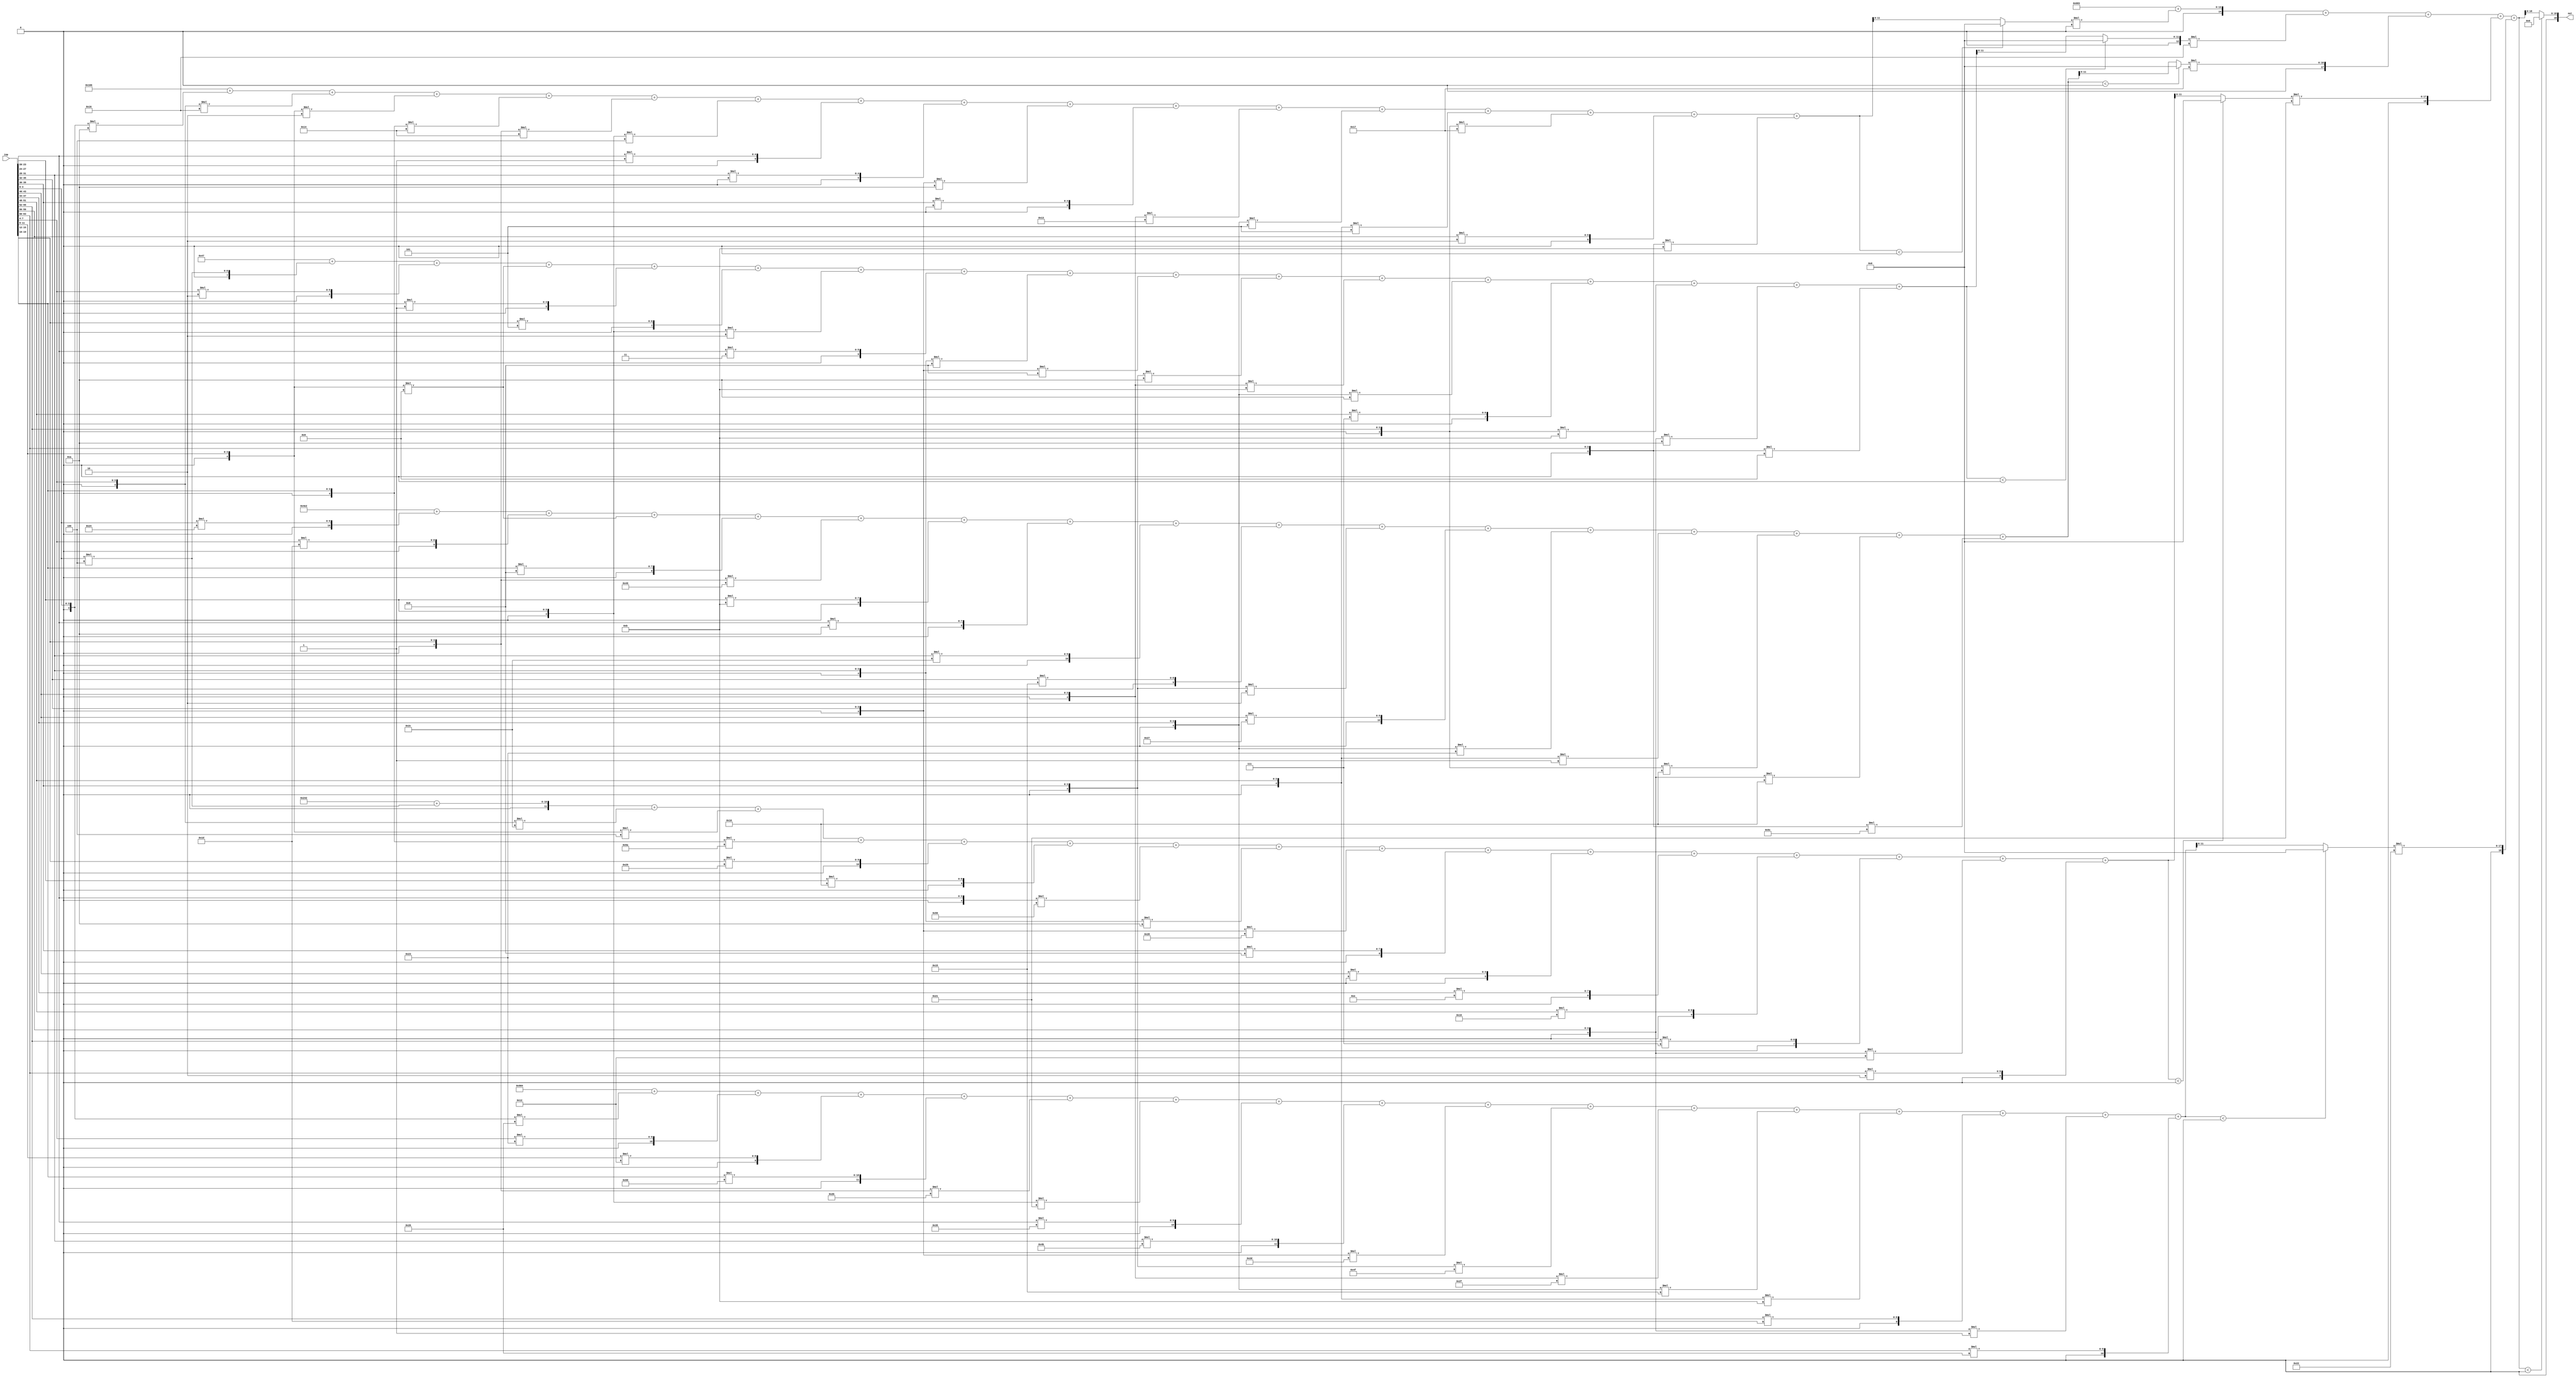
//weights: [[[-6, -10, -2, -12, -12, -4, 1, 0, -6, 0, -13, -3, -3, -9, 2, -5], [4, 2, -7, 1, 5, -2, 3, -8, -8, -6, -5, -6, 7, -5, -6, -7], [36, 29, -7, 8, -55, 11, 10, 44, 21, -2, 39, -29, -1, -16, -16, -36], [4, -20, -4, -38, 41, 16, -42, -6, -24, 8, 0, 14, 25, 7, -14, 2], [-26, 35, 18, 88, -21, -31, 53, 75, -19, -49, -17, -11, -5, 29, -1, 38]], [[0, -10, 23, 33, 34]]]
//intercepts: [[-154, -57, -798, 578, -1788], [1667]]
//act size: [4, 12, 19]
//pred num: 1
module top (inp, out);
input [63:0] inp;
output [19:0] out;

// layer: 0 - neuron: 0
    wire signed [11:0] n_0_0_po_0;
    //weight -6: 8'sb11111010
    assign n_0_0_po_0 = $signed({1'b0, inp[3:0]}) * 8'sb11111010;

    wire signed [11:0] n_0_0_po_1;
    //weight -10: 8'sb11110110
    assign n_0_0_po_1 = $signed({1'b0, inp[7:4]}) * 8'sb11110110;

    wire signed [11:0] n_0_0_po_2;
    //weight -2: 8'sb11111110
    assign n_0_0_po_2 = $signed({1'b0, inp[11:8]}) * 8'sb11111110;

    wire signed [11:0] n_0_0_po_3;
    //weight -12: 8'sb11110100
    assign n_0_0_po_3 = $signed({1'b0, inp[15:12]}) * 8'sb11110100;

    wire signed [11:0] n_0_0_po_4;
    //weight -12: 8'sb11110100
    assign n_0_0_po_4 = $signed({1'b0, inp[19:16]}) * 8'sb11110100;

    wire signed [11:0] n_0_0_po_5;
    //weight -4: 8'sb11111100
    assign n_0_0_po_5 = $signed({1'b0, inp[23:20]}) * 8'sb11111100;

    wire signed [11:0] n_0_0_po_6;
    //weight 1: 8'sb00000001
    assign n_0_0_po_6 = $signed({1'b0, inp[27:24]}) * 8'sb00000001;

    wire signed [11:0] n_0_0_po_7;
    //weight 0: 8'sb00000000
    assign n_0_0_po_7 = $signed({1'b0, inp[31:28]}) * 8'sb00000000;

    wire signed [11:0] n_0_0_po_8;
    //weight -6: 8'sb11111010
    assign n_0_0_po_8 = $signed({1'b0, inp[35:32]}) * 8'sb11111010;

    wire signed [11:0] n_0_0_po_9;
    //weight 0: 8'sb00000000
    assign n_0_0_po_9 = $signed({1'b0, inp[39:36]}) * 8'sb00000000;

    wire signed [11:0] n_0_0_po_10;
    //weight -13: 8'sb11110011
    assign n_0_0_po_10 = $signed({1'b0, inp[43:40]}) * 8'sb11110011;

    wire signed [11:0] n_0_0_po_11;
    //weight -3: 8'sb11111101
    assign n_0_0_po_11 = $signed({1'b0, inp[47:44]}) * 8'sb11111101;

    wire signed [11:0] n_0_0_po_12;
    //weight -3: 8'sb11111101
    assign n_0_0_po_12 = $signed({1'b0, inp[51:48]}) * 8'sb11111101;

    wire signed [11:0] n_0_0_po_13;
    //weight -9: 8'sb11110111
    assign n_0_0_po_13 = $signed({1'b0, inp[55:52]}) * 8'sb11110111;

    wire signed [11:0] n_0_0_po_14;
    //weight 2: 8'sb00000010
    assign n_0_0_po_14 = $signed({1'b0, inp[59:56]}) * 8'sb00000010;

    wire signed [11:0] n_0_0_po_15;
    //weight -5: 8'sb11111011
    assign n_0_0_po_15 = $signed({1'b0, inp[63:60]}) * 8'sb11111011;

    wire signed [12:0] n_0_0_sum;
    assign n_0_0_sum = -154 + n_0_0_po_0 + n_0_0_po_1 + n_0_0_po_2 + n_0_0_po_3 + n_0_0_po_4 + n_0_0_po_5 + n_0_0_po_6 + n_0_0_po_7 + n_0_0_po_8 + n_0_0_po_9 + n_0_0_po_10 + n_0_0_po_11 + n_0_0_po_12 + n_0_0_po_13 + n_0_0_po_14 + n_0_0_po_15;
    //relu
    wire [11:0] n_0_0;
    assign n_0_0 = (n_0_0_sum<0) ? $unsigned({12{1'b0}}) : $unsigned(n_0_0_sum[11:0]);

// layer: 0 - neuron: 1
    wire signed [11:0] n_0_1_po_0;
    //weight 4: 8'sb00000100
    assign n_0_1_po_0 = $signed({1'b0, inp[3:0]}) * 8'sb00000100;

    wire signed [11:0] n_0_1_po_1;
    //weight 2: 8'sb00000010
    assign n_0_1_po_1 = $signed({1'b0, inp[7:4]}) * 8'sb00000010;

    wire signed [11:0] n_0_1_po_2;
    //weight -7: 8'sb11111001
    assign n_0_1_po_2 = $signed({1'b0, inp[11:8]}) * 8'sb11111001;

    wire signed [11:0] n_0_1_po_3;
    //weight 1: 8'sb00000001
    assign n_0_1_po_3 = $signed({1'b0, inp[15:12]}) * 8'sb00000001;

    wire signed [11:0] n_0_1_po_4;
    //weight 5: 8'sb00000101
    assign n_0_1_po_4 = $signed({1'b0, inp[19:16]}) * 8'sb00000101;

    wire signed [11:0] n_0_1_po_5;
    //weight -2: 8'sb11111110
    assign n_0_1_po_5 = $signed({1'b0, inp[23:20]}) * 8'sb11111110;

    wire signed [11:0] n_0_1_po_6;
    //weight 3: 8'sb00000011
    assign n_0_1_po_6 = $signed({1'b0, inp[27:24]}) * 8'sb00000011;

    wire signed [11:0] n_0_1_po_7;
    //weight -8: 8'sb11111000
    assign n_0_1_po_7 = $signed({1'b0, inp[31:28]}) * 8'sb11111000;

    wire signed [11:0] n_0_1_po_8;
    //weight -8: 8'sb11111000
    assign n_0_1_po_8 = $signed({1'b0, inp[35:32]}) * 8'sb11111000;

    wire signed [11:0] n_0_1_po_9;
    //weight -6: 8'sb11111010
    assign n_0_1_po_9 = $signed({1'b0, inp[39:36]}) * 8'sb11111010;

    wire signed [11:0] n_0_1_po_10;
    //weight -5: 8'sb11111011
    assign n_0_1_po_10 = $signed({1'b0, inp[43:40]}) * 8'sb11111011;

    wire signed [11:0] n_0_1_po_11;
    //weight -6: 8'sb11111010
    assign n_0_1_po_11 = $signed({1'b0, inp[47:44]}) * 8'sb11111010;

    wire signed [11:0] n_0_1_po_12;
    //weight 7: 8'sb00000111
    assign n_0_1_po_12 = $signed({1'b0, inp[51:48]}) * 8'sb00000111;

    wire signed [11:0] n_0_1_po_13;
    //weight -5: 8'sb11111011
    assign n_0_1_po_13 = $signed({1'b0, inp[55:52]}) * 8'sb11111011;

    wire signed [11:0] n_0_1_po_14;
    //weight -6: 8'sb11111010
    assign n_0_1_po_14 = $signed({1'b0, inp[59:56]}) * 8'sb11111010;

    wire signed [11:0] n_0_1_po_15;
    //weight -7: 8'sb11111001
    assign n_0_1_po_15 = $signed({1'b0, inp[63:60]}) * 8'sb11111001;

    wire signed [12:0] n_0_1_sum;
    assign n_0_1_sum = -57 + n_0_1_po_0 + n_0_1_po_1 + n_0_1_po_2 + n_0_1_po_3 + n_0_1_po_4 + n_0_1_po_5 + n_0_1_po_6 + n_0_1_po_7 + n_0_1_po_8 + n_0_1_po_9 + n_0_1_po_10 + n_0_1_po_11 + n_0_1_po_12 + n_0_1_po_13 + n_0_1_po_14 + n_0_1_po_15;
    //relu
    wire [11:0] n_0_1;
    assign n_0_1 = (n_0_1_sum<0) ? $unsigned({12{1'b0}}) : $unsigned(n_0_1_sum[11:0]);

// layer: 0 - neuron: 2
    wire signed [11:0] n_0_2_po_0;
    //weight 36: 8'sb00100100
    assign n_0_2_po_0 = $signed({1'b0, inp[3:0]}) * 8'sb00100100;

    wire signed [11:0] n_0_2_po_1;
    //weight 29: 8'sb00011101
    assign n_0_2_po_1 = $signed({1'b0, inp[7:4]}) * 8'sb00011101;

    wire signed [11:0] n_0_2_po_2;
    //weight -7: 8'sb11111001
    assign n_0_2_po_2 = $signed({1'b0, inp[11:8]}) * 8'sb11111001;

    wire signed [11:0] n_0_2_po_3;
    //weight 8: 8'sb00001000
    assign n_0_2_po_3 = $signed({1'b0, inp[15:12]}) * 8'sb00001000;

    wire signed [11:0] n_0_2_po_4;
    //weight -55: 8'sb11001001
    assign n_0_2_po_4 = $signed({1'b0, inp[19:16]}) * 8'sb11001001;

    wire signed [11:0] n_0_2_po_5;
    //weight 11: 8'sb00001011
    assign n_0_2_po_5 = $signed({1'b0, inp[23:20]}) * 8'sb00001011;

    wire signed [11:0] n_0_2_po_6;
    //weight 10: 8'sb00001010
    assign n_0_2_po_6 = $signed({1'b0, inp[27:24]}) * 8'sb00001010;

    wire signed [11:0] n_0_2_po_7;
    //weight 44: 8'sb00101100
    assign n_0_2_po_7 = $signed({1'b0, inp[31:28]}) * 8'sb00101100;

    wire signed [11:0] n_0_2_po_8;
    //weight 21: 8'sb00010101
    assign n_0_2_po_8 = $signed({1'b0, inp[35:32]}) * 8'sb00010101;

    wire signed [11:0] n_0_2_po_9;
    //weight -2: 8'sb11111110
    assign n_0_2_po_9 = $signed({1'b0, inp[39:36]}) * 8'sb11111110;

    wire signed [11:0] n_0_2_po_10;
    //weight 39: 8'sb00100111
    assign n_0_2_po_10 = $signed({1'b0, inp[43:40]}) * 8'sb00100111;

    wire signed [11:0] n_0_2_po_11;
    //weight -29: 8'sb11100011
    assign n_0_2_po_11 = $signed({1'b0, inp[47:44]}) * 8'sb11100011;

    wire signed [11:0] n_0_2_po_12;
    //weight -1: 8'sb11111111
    assign n_0_2_po_12 = $signed({1'b0, inp[51:48]}) * 8'sb11111111;

    wire signed [11:0] n_0_2_po_13;
    //weight -16: 8'sb11110000
    assign n_0_2_po_13 = $signed({1'b0, inp[55:52]}) * 8'sb11110000;

    wire signed [11:0] n_0_2_po_14;
    //weight -16: 8'sb11110000
    assign n_0_2_po_14 = $signed({1'b0, inp[59:56]}) * 8'sb11110000;

    wire signed [11:0] n_0_2_po_15;
    //weight -36: 8'sb11011100
    assign n_0_2_po_15 = $signed({1'b0, inp[63:60]}) * 8'sb11011100;

    wire signed [12:0] n_0_2_sum;
    assign n_0_2_sum = -798 + n_0_2_po_0 + n_0_2_po_1 + n_0_2_po_2 + n_0_2_po_3 + n_0_2_po_4 + n_0_2_po_5 + n_0_2_po_6 + n_0_2_po_7 + n_0_2_po_8 + n_0_2_po_9 + n_0_2_po_10 + n_0_2_po_11 + n_0_2_po_12 + n_0_2_po_13 + n_0_2_po_14 + n_0_2_po_15;
    //relu
    wire [11:0] n_0_2;
    assign n_0_2 = (n_0_2_sum<0) ? $unsigned({12{1'b0}}) : $unsigned(n_0_2_sum[11:0]);

// layer: 0 - neuron: 3
    wire signed [11:0] n_0_3_po_0;
    //weight 4: 8'sb00000100
    assign n_0_3_po_0 = $signed({1'b0, inp[3:0]}) * 8'sb00000100;

    wire signed [11:0] n_0_3_po_1;
    //weight -20: 8'sb11101100
    assign n_0_3_po_1 = $signed({1'b0, inp[7:4]}) * 8'sb11101100;

    wire signed [11:0] n_0_3_po_2;
    //weight -4: 8'sb11111100
    assign n_0_3_po_2 = $signed({1'b0, inp[11:8]}) * 8'sb11111100;

    wire signed [11:0] n_0_3_po_3;
    //weight -38: 8'sb11011010
    assign n_0_3_po_3 = $signed({1'b0, inp[15:12]}) * 8'sb11011010;

    wire signed [11:0] n_0_3_po_4;
    //weight 41: 8'sb00101001
    assign n_0_3_po_4 = $signed({1'b0, inp[19:16]}) * 8'sb00101001;

    wire signed [11:0] n_0_3_po_5;
    //weight 16: 8'sb00010000
    assign n_0_3_po_5 = $signed({1'b0, inp[23:20]}) * 8'sb00010000;

    wire signed [11:0] n_0_3_po_6;
    //weight -42: 8'sb11010110
    assign n_0_3_po_6 = $signed({1'b0, inp[27:24]}) * 8'sb11010110;

    wire signed [11:0] n_0_3_po_7;
    //weight -6: 8'sb11111010
    assign n_0_3_po_7 = $signed({1'b0, inp[31:28]}) * 8'sb11111010;

    wire signed [11:0] n_0_3_po_8;
    //weight -24: 8'sb11101000
    assign n_0_3_po_8 = $signed({1'b0, inp[35:32]}) * 8'sb11101000;

    wire signed [11:0] n_0_3_po_9;
    //weight 8: 8'sb00001000
    assign n_0_3_po_9 = $signed({1'b0, inp[39:36]}) * 8'sb00001000;

    wire signed [11:0] n_0_3_po_10;
    //weight 0: 8'sb00000000
    assign n_0_3_po_10 = $signed({1'b0, inp[43:40]}) * 8'sb00000000;

    wire signed [11:0] n_0_3_po_11;
    //weight 14: 8'sb00001110
    assign n_0_3_po_11 = $signed({1'b0, inp[47:44]}) * 8'sb00001110;

    wire signed [11:0] n_0_3_po_12;
    //weight 25: 8'sb00011001
    assign n_0_3_po_12 = $signed({1'b0, inp[51:48]}) * 8'sb00011001;

    wire signed [11:0] n_0_3_po_13;
    //weight 7: 8'sb00000111
    assign n_0_3_po_13 = $signed({1'b0, inp[55:52]}) * 8'sb00000111;

    wire signed [11:0] n_0_3_po_14;
    //weight -14: 8'sb11110010
    assign n_0_3_po_14 = $signed({1'b0, inp[59:56]}) * 8'sb11110010;

    wire signed [11:0] n_0_3_po_15;
    //weight 2: 8'sb00000010
    assign n_0_3_po_15 = $signed({1'b0, inp[63:60]}) * 8'sb00000010;

    wire signed [12:0] n_0_3_sum;
    assign n_0_3_sum = 578 + n_0_3_po_0 + n_0_3_po_1 + n_0_3_po_2 + n_0_3_po_3 + n_0_3_po_4 + n_0_3_po_5 + n_0_3_po_6 + n_0_3_po_7 + n_0_3_po_8 + n_0_3_po_9 + n_0_3_po_10 + n_0_3_po_11 + n_0_3_po_12 + n_0_3_po_13 + n_0_3_po_14 + n_0_3_po_15;
    //relu
    wire [11:0] n_0_3;
    assign n_0_3 = (n_0_3_sum<0) ? $unsigned({12{1'b0}}) : $unsigned(n_0_3_sum[11:0]);

// layer: 0 - neuron: 4
    wire signed [11:0] n_0_4_po_0;
    //weight -26: 8'sb11100110
    assign n_0_4_po_0 = $signed({1'b0, inp[3:0]}) * 8'sb11100110;

    wire signed [11:0] n_0_4_po_1;
    //weight 35: 8'sb00100011
    assign n_0_4_po_1 = $signed({1'b0, inp[7:4]}) * 8'sb00100011;

    wire signed [11:0] n_0_4_po_2;
    //weight 18: 8'sb00010010
    assign n_0_4_po_2 = $signed({1'b0, inp[11:8]}) * 8'sb00010010;

    wire signed [11:0] n_0_4_po_3;
    //weight 88: 8'sb01011000
    assign n_0_4_po_3 = $signed({1'b0, inp[15:12]}) * 8'sb01011000;

    wire signed [11:0] n_0_4_po_4;
    //weight -21: 8'sb11101011
    assign n_0_4_po_4 = $signed({1'b0, inp[19:16]}) * 8'sb11101011;

    wire signed [11:0] n_0_4_po_5;
    //weight -31: 8'sb11100001
    assign n_0_4_po_5 = $signed({1'b0, inp[23:20]}) * 8'sb11100001;

    wire signed [11:0] n_0_4_po_6;
    //weight 53: 8'sb00110101
    assign n_0_4_po_6 = $signed({1'b0, inp[27:24]}) * 8'sb00110101;

    wire signed [11:0] n_0_4_po_7;
    //weight 75: 8'sb01001011
    assign n_0_4_po_7 = $signed({1'b0, inp[31:28]}) * 8'sb01001011;

    wire signed [11:0] n_0_4_po_8;
    //weight -19: 8'sb11101101
    assign n_0_4_po_8 = $signed({1'b0, inp[35:32]}) * 8'sb11101101;

    wire signed [11:0] n_0_4_po_9;
    //weight -49: 8'sb11001111
    assign n_0_4_po_9 = $signed({1'b0, inp[39:36]}) * 8'sb11001111;

    wire signed [11:0] n_0_4_po_10;
    //weight -17: 8'sb11101111
    assign n_0_4_po_10 = $signed({1'b0, inp[43:40]}) * 8'sb11101111;

    wire signed [11:0] n_0_4_po_11;
    //weight -11: 8'sb11110101
    assign n_0_4_po_11 = $signed({1'b0, inp[47:44]}) * 8'sb11110101;

    wire signed [11:0] n_0_4_po_12;
    //weight -5: 8'sb11111011
    assign n_0_4_po_12 = $signed({1'b0, inp[51:48]}) * 8'sb11111011;

    wire signed [11:0] n_0_4_po_13;
    //weight 29: 8'sb00011101
    assign n_0_4_po_13 = $signed({1'b0, inp[55:52]}) * 8'sb00011101;

    wire signed [11:0] n_0_4_po_14;
    //weight -1: 8'sb11111111
    assign n_0_4_po_14 = $signed({1'b0, inp[59:56]}) * 8'sb11111111;

    wire signed [11:0] n_0_4_po_15;
    //weight 38: 8'sb00100110
    assign n_0_4_po_15 = $signed({1'b0, inp[63:60]}) * 8'sb00100110;

    wire signed [12:0] n_0_4_sum;
    assign n_0_4_sum = -1788 + n_0_4_po_0 + n_0_4_po_1 + n_0_4_po_2 + n_0_4_po_3 + n_0_4_po_4 + n_0_4_po_5 + n_0_4_po_6 + n_0_4_po_7 + n_0_4_po_8 + n_0_4_po_9 + n_0_4_po_10 + n_0_4_po_11 + n_0_4_po_12 + n_0_4_po_13 + n_0_4_po_14 + n_0_4_po_15;
    //relu
    wire [11:0] n_0_4;
    assign n_0_4 = (n_0_4_sum<0) ? $unsigned({12{1'b0}}) : $unsigned(n_0_4_sum[11:0]);

// layer: 1 - neuron: 0
    wire signed [19:0] n_1_0_po_0;
    //weight 0: 8'sb00000000
    assign n_1_0_po_0 = $signed({1'b0, n_0_0}) * 8'sb00000000;

    wire signed [19:0] n_1_0_po_1;
    //weight -10: 8'sb11110110
    assign n_1_0_po_1 = $signed({1'b0, n_0_1}) * 8'sb11110110;

    wire signed [19:0] n_1_0_po_2;
    //weight 23: 8'sb00010111
    assign n_1_0_po_2 = $signed({1'b0, n_0_2}) * 8'sb00010111;

    wire signed [19:0] n_1_0_po_3;
    //weight 33: 8'sb00100001
    assign n_1_0_po_3 = $signed({1'b0, n_0_3}) * 8'sb00100001;

    wire signed [19:0] n_1_0_po_4;
    //weight 34: 8'sb00100010
    assign n_1_0_po_4 = $signed({1'b0, n_0_4}) * 8'sb00100010;

    wire signed [19:0] n_1_0_sum;
    assign n_1_0_sum = 1667 + n_1_0_po_0 + n_1_0_po_1 + n_1_0_po_2 + n_1_0_po_3 + n_1_0_po_4;
    //relu
    wire [18:0] n_1_0;
    assign n_1_0 = (n_1_0_sum<0) ? $unsigned({19{1'b0}}) : $unsigned(n_1_0_sum[18:0]);

    assign out = {n_1_0};

endmodule